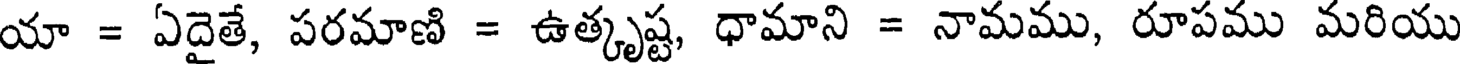
యా = ఏదైతే, పరమాణి = ఉత్కృష్ట, ధామాని = నామము, రూపము మరియు